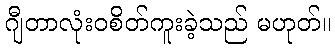
ဂျီတာလုံးဝစိတ်ကူးခဲ့သည် မဟုတ်။